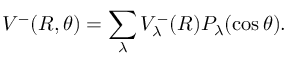
V ^ { - } ( R , \theta ) = \sum _ { \lambda } V _ { \lambda } ^ { - } ( R ) P _ { \lambda } ( \cos \theta ) .